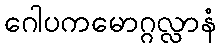
ဂေါပကမောဂ္ဂလ္လာနံ